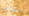
دعامة